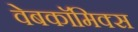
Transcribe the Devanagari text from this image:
वेबकाॅमिक्स